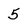
Character: 5